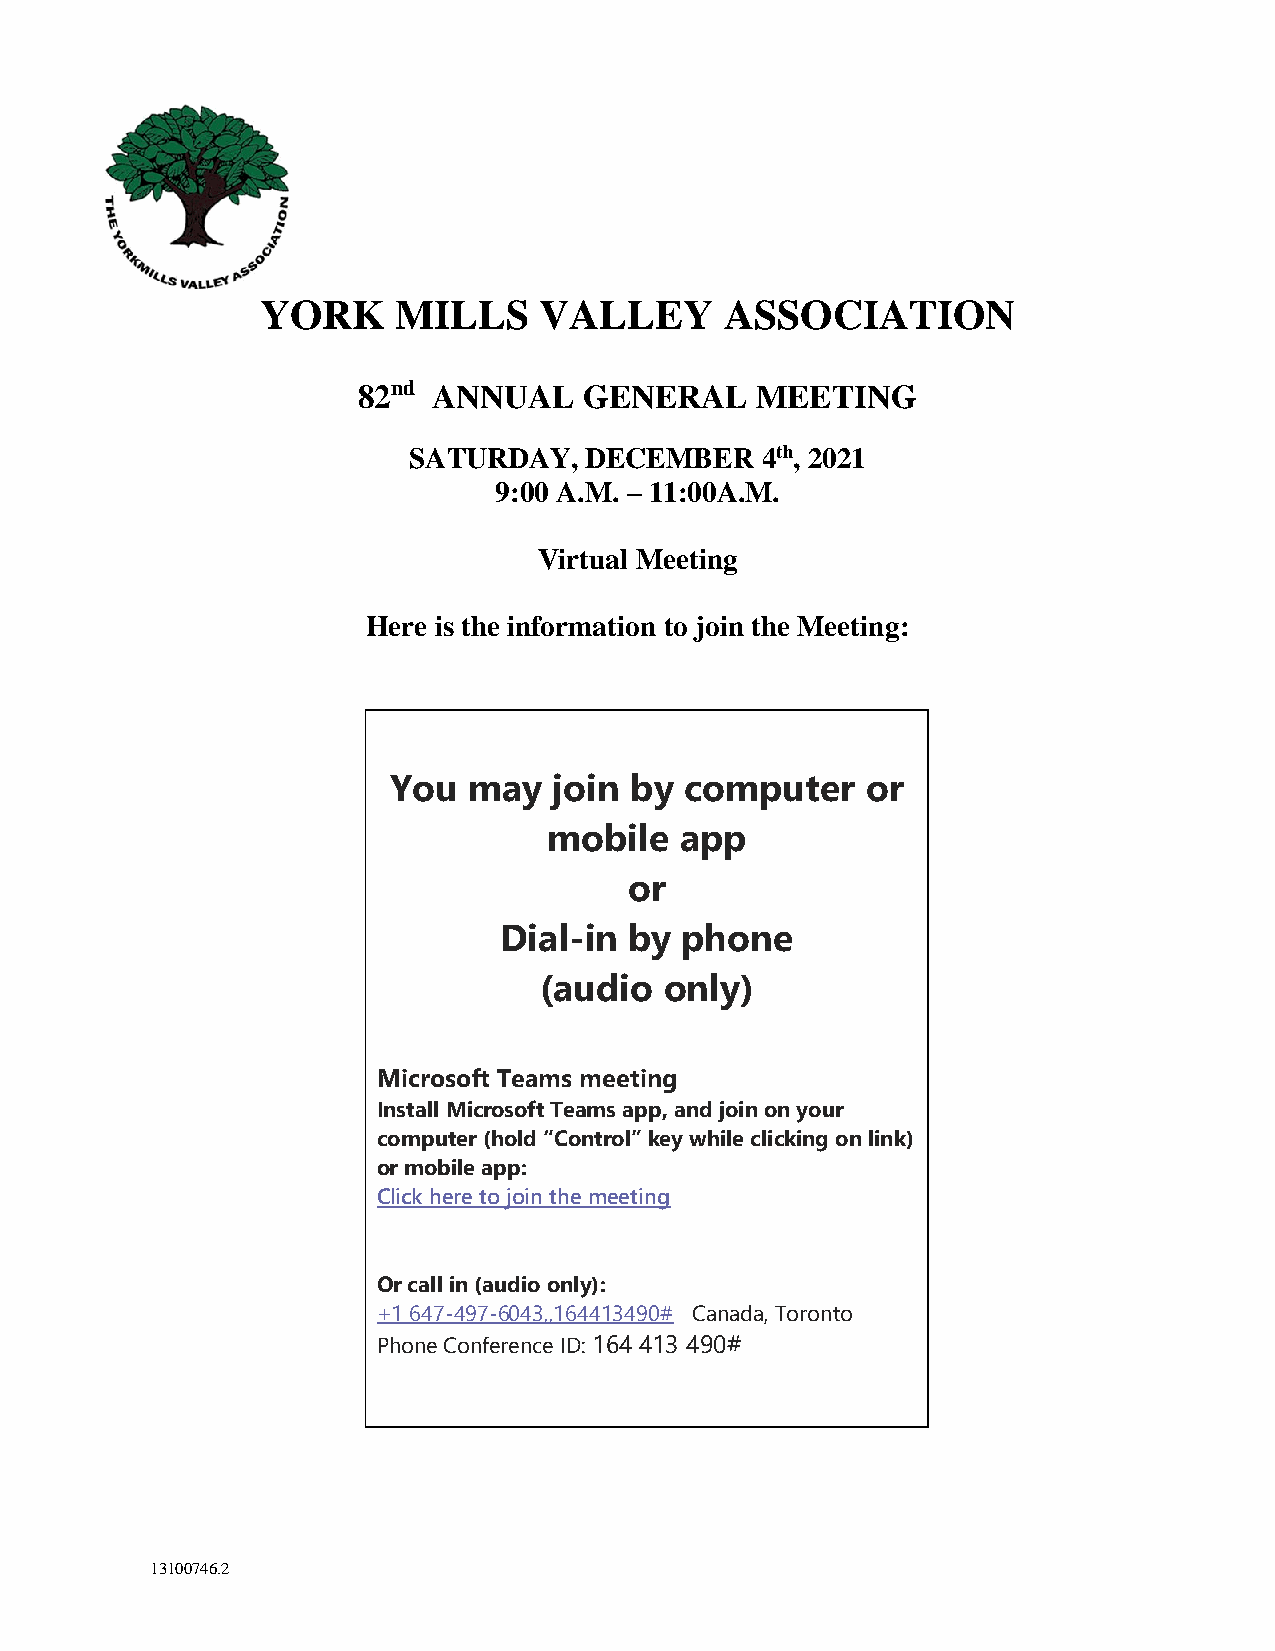
YORK     MILLS     VALLEY      ASSOCIATION
 82nd ANNUAL    GENERAL    MEETING
 SATURDAY,   DECEMBER   4th, 2021
 9:00 A.M. – 11:00A.M.
 Virtual Meeting
 Here is the information to join the Meeting:
 You  may   join by computer    or
 mobile   app
 or
 Dial-in  by phone
 (audio  only)
 Microsoft Teams meeting
 Install Microsoft Teams app, and join on your
 computer (hold “Control” key while clicking on link)
 or mobile app:
 Click here to join the meeting
 Or call in (audio only):
 +1 647-497-6043,,164413490# Canada, Toronto
 Phone Conference ID: 164 413 490#
 13100746.2